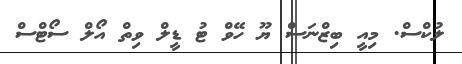
ލުކްސް. މިއީ ބިޒްނަސް ޔޫ ހޭވް ޓު ޑީލް ވިތް އޯލް ސޯޓްސް